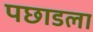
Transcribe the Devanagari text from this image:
पछाडला